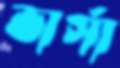
ভার্সা